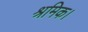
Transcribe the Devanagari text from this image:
श्रमिक।